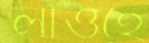
লাওহে